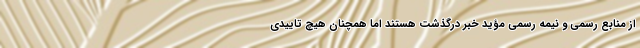
از منابع رسمی و نیمه رسمی مؤید خبر درگذشت هستند اما همچنان هیچ تاییدی